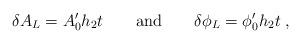
LaTeX: \begin{align*}\delta A_L = A_0' h_2 t \qquad \mbox{and} \qquad \delta \phi_L=\phi_0' h_2 t \;,\end{align*}